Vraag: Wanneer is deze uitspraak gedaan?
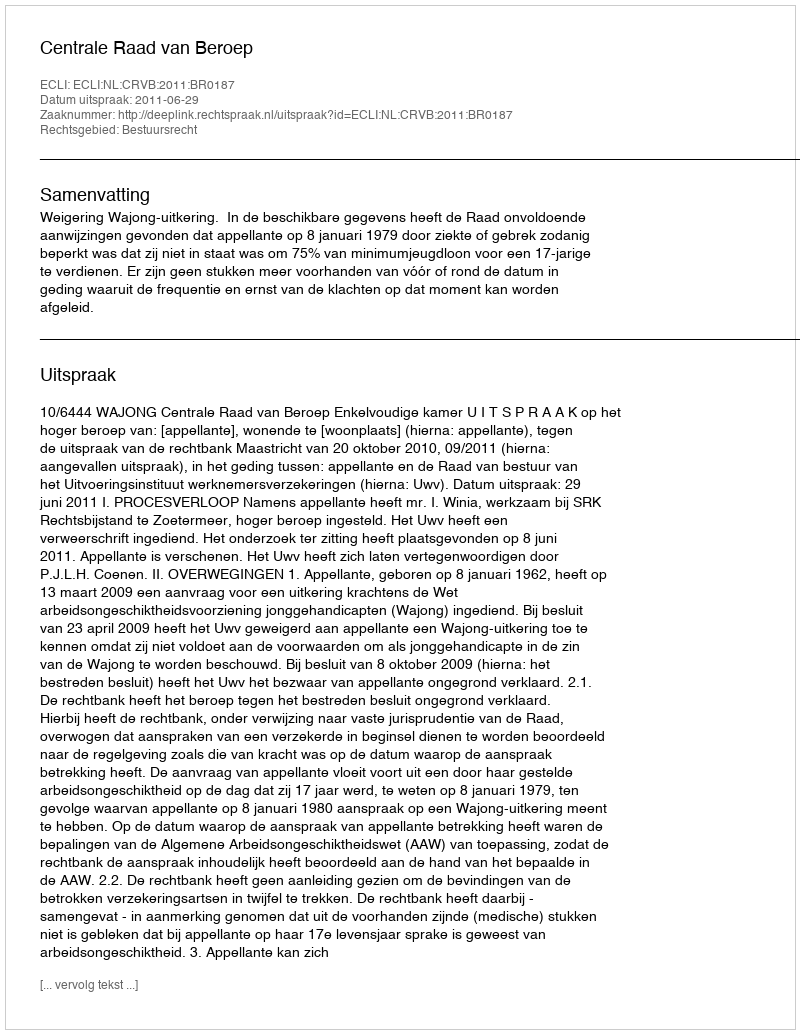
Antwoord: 2011-06-29